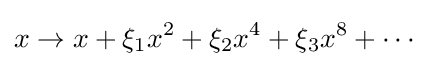
x\rightarrow x+\xi _{1}x^{2}+\xi _{2}x^{4}+\xi _{3}x^{8}+\cdots